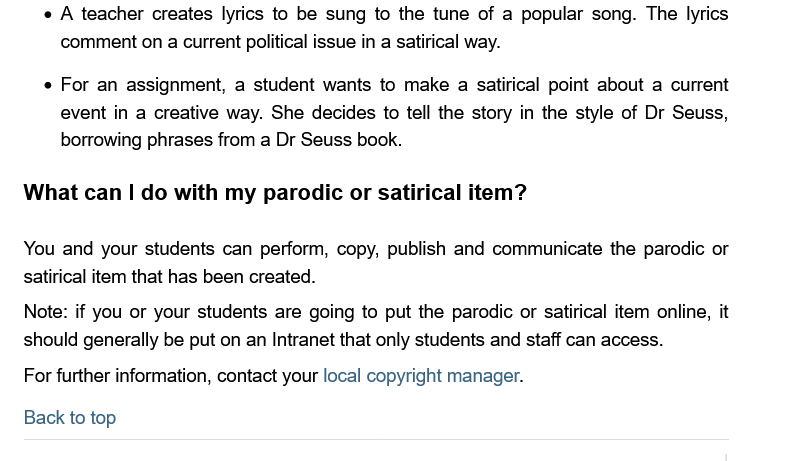
A teacher creates lyrics to be sung to the tune of a popular song. The lyrics
     comment on
     a
     current political issue in a satirical way.
     For an assignment, a student wants to make
     a
     satirical point about a current
     event in a creative way. She decides to tell the story in the style of Dr Seuss,
     borrowing phrases from a Dr Seuss book.
   What can   | do with my parodic  or satirical item?
   You and your students can perform, copy, publish and communicate the parodic or
   satirical item that has been created.
   Note: if you or your students are going to put the parodic or satirical item online, it
   should generally be put on an Intranet that only students and staff can access.
   For further information, contact your local copyright manager.
   Back to top